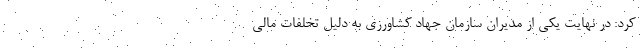
کرد: در نهایت یکی از مدیران سازمان جهاد کشاورزی به دلیل تخلفات مالی